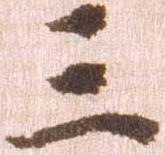
三